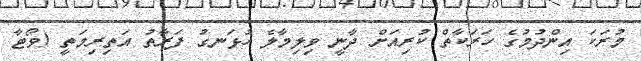
މުރަކަ އިންދުމުގެ ހަރަކާތް ކުރިއަށް ދާނީ ވިލިމާލެ ހުޅަނގު ފަރާތު އަތިރިމަތީ (ވޯޓާ